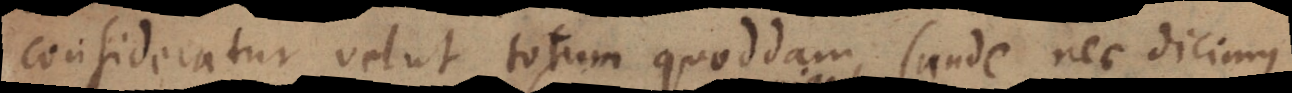
consideratur velut totum quoddam (unde nec dicimus